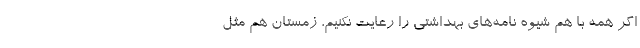
اگر همه با هم شیوه نامه‌های بهداشتی را رعایت نکنیم، زمستان هم مثل